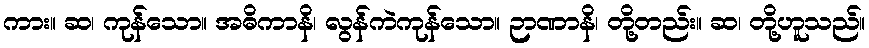
ကား။ ဆ၊ ကုန်သော။ အဓိကာနိ၊ လွန်ကဲကုန်သော။ ဉာဏာနိ၊ တို့တည်း။ ဆ၊ တို့ဟူသည်။